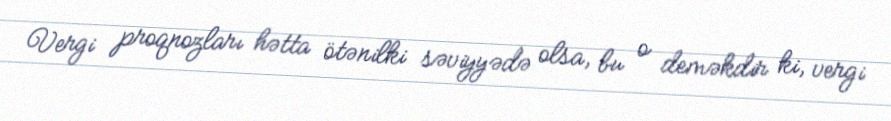
Vergi proqnozları hətta ötənilki səviyyədə olsa, bu o deməkdir ki, vergi